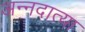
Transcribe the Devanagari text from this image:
अन्नदात्या